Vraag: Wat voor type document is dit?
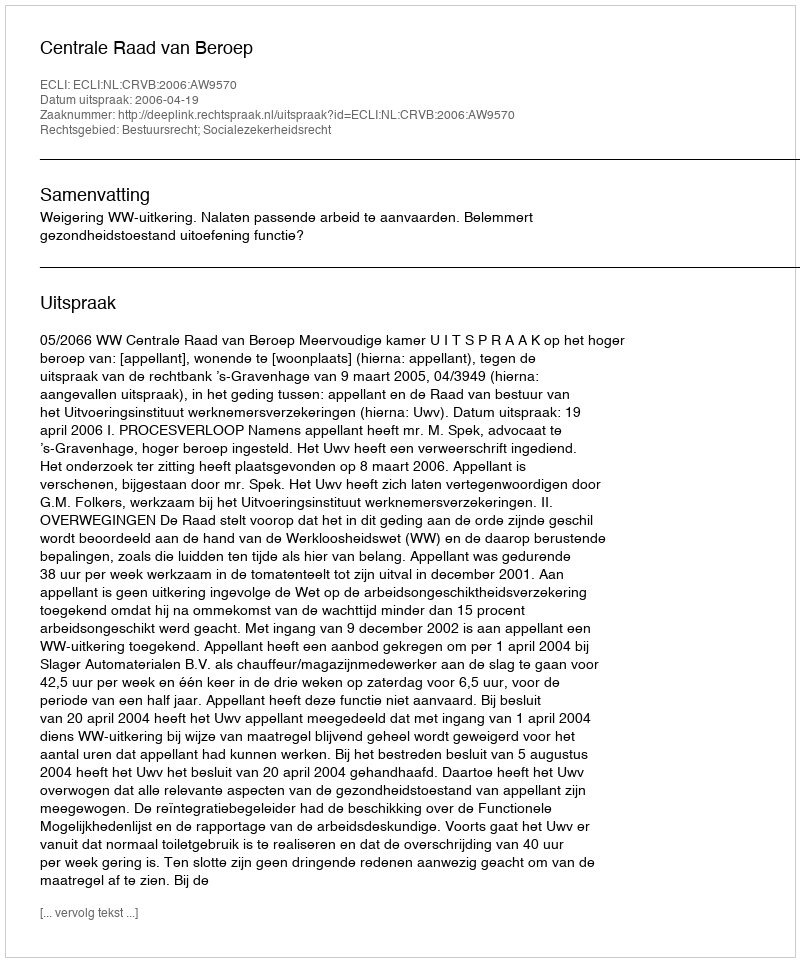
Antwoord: Uitspraak